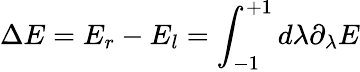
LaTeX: \Delta E=E_{r}-E_{l}=\int_{-1}^{+1}d\lambda\partial_{\lambda}E